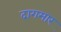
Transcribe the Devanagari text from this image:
दागमार